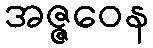
အဇ္ဇဝေန